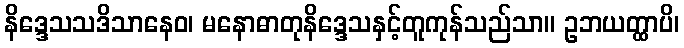
နိဒ္ဒေသသဒိသာနေဝ၊ မနောဓာတုနိဒ္ဒေသနှင့်တူကုန်သည်သာ။ ဥဘယတ္ထာပိ၊